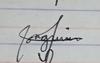
Signature authenticity: genuine